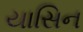
યાસિન